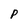
Character: p